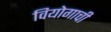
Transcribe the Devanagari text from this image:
वियोगाची